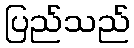
ပြည်သည်